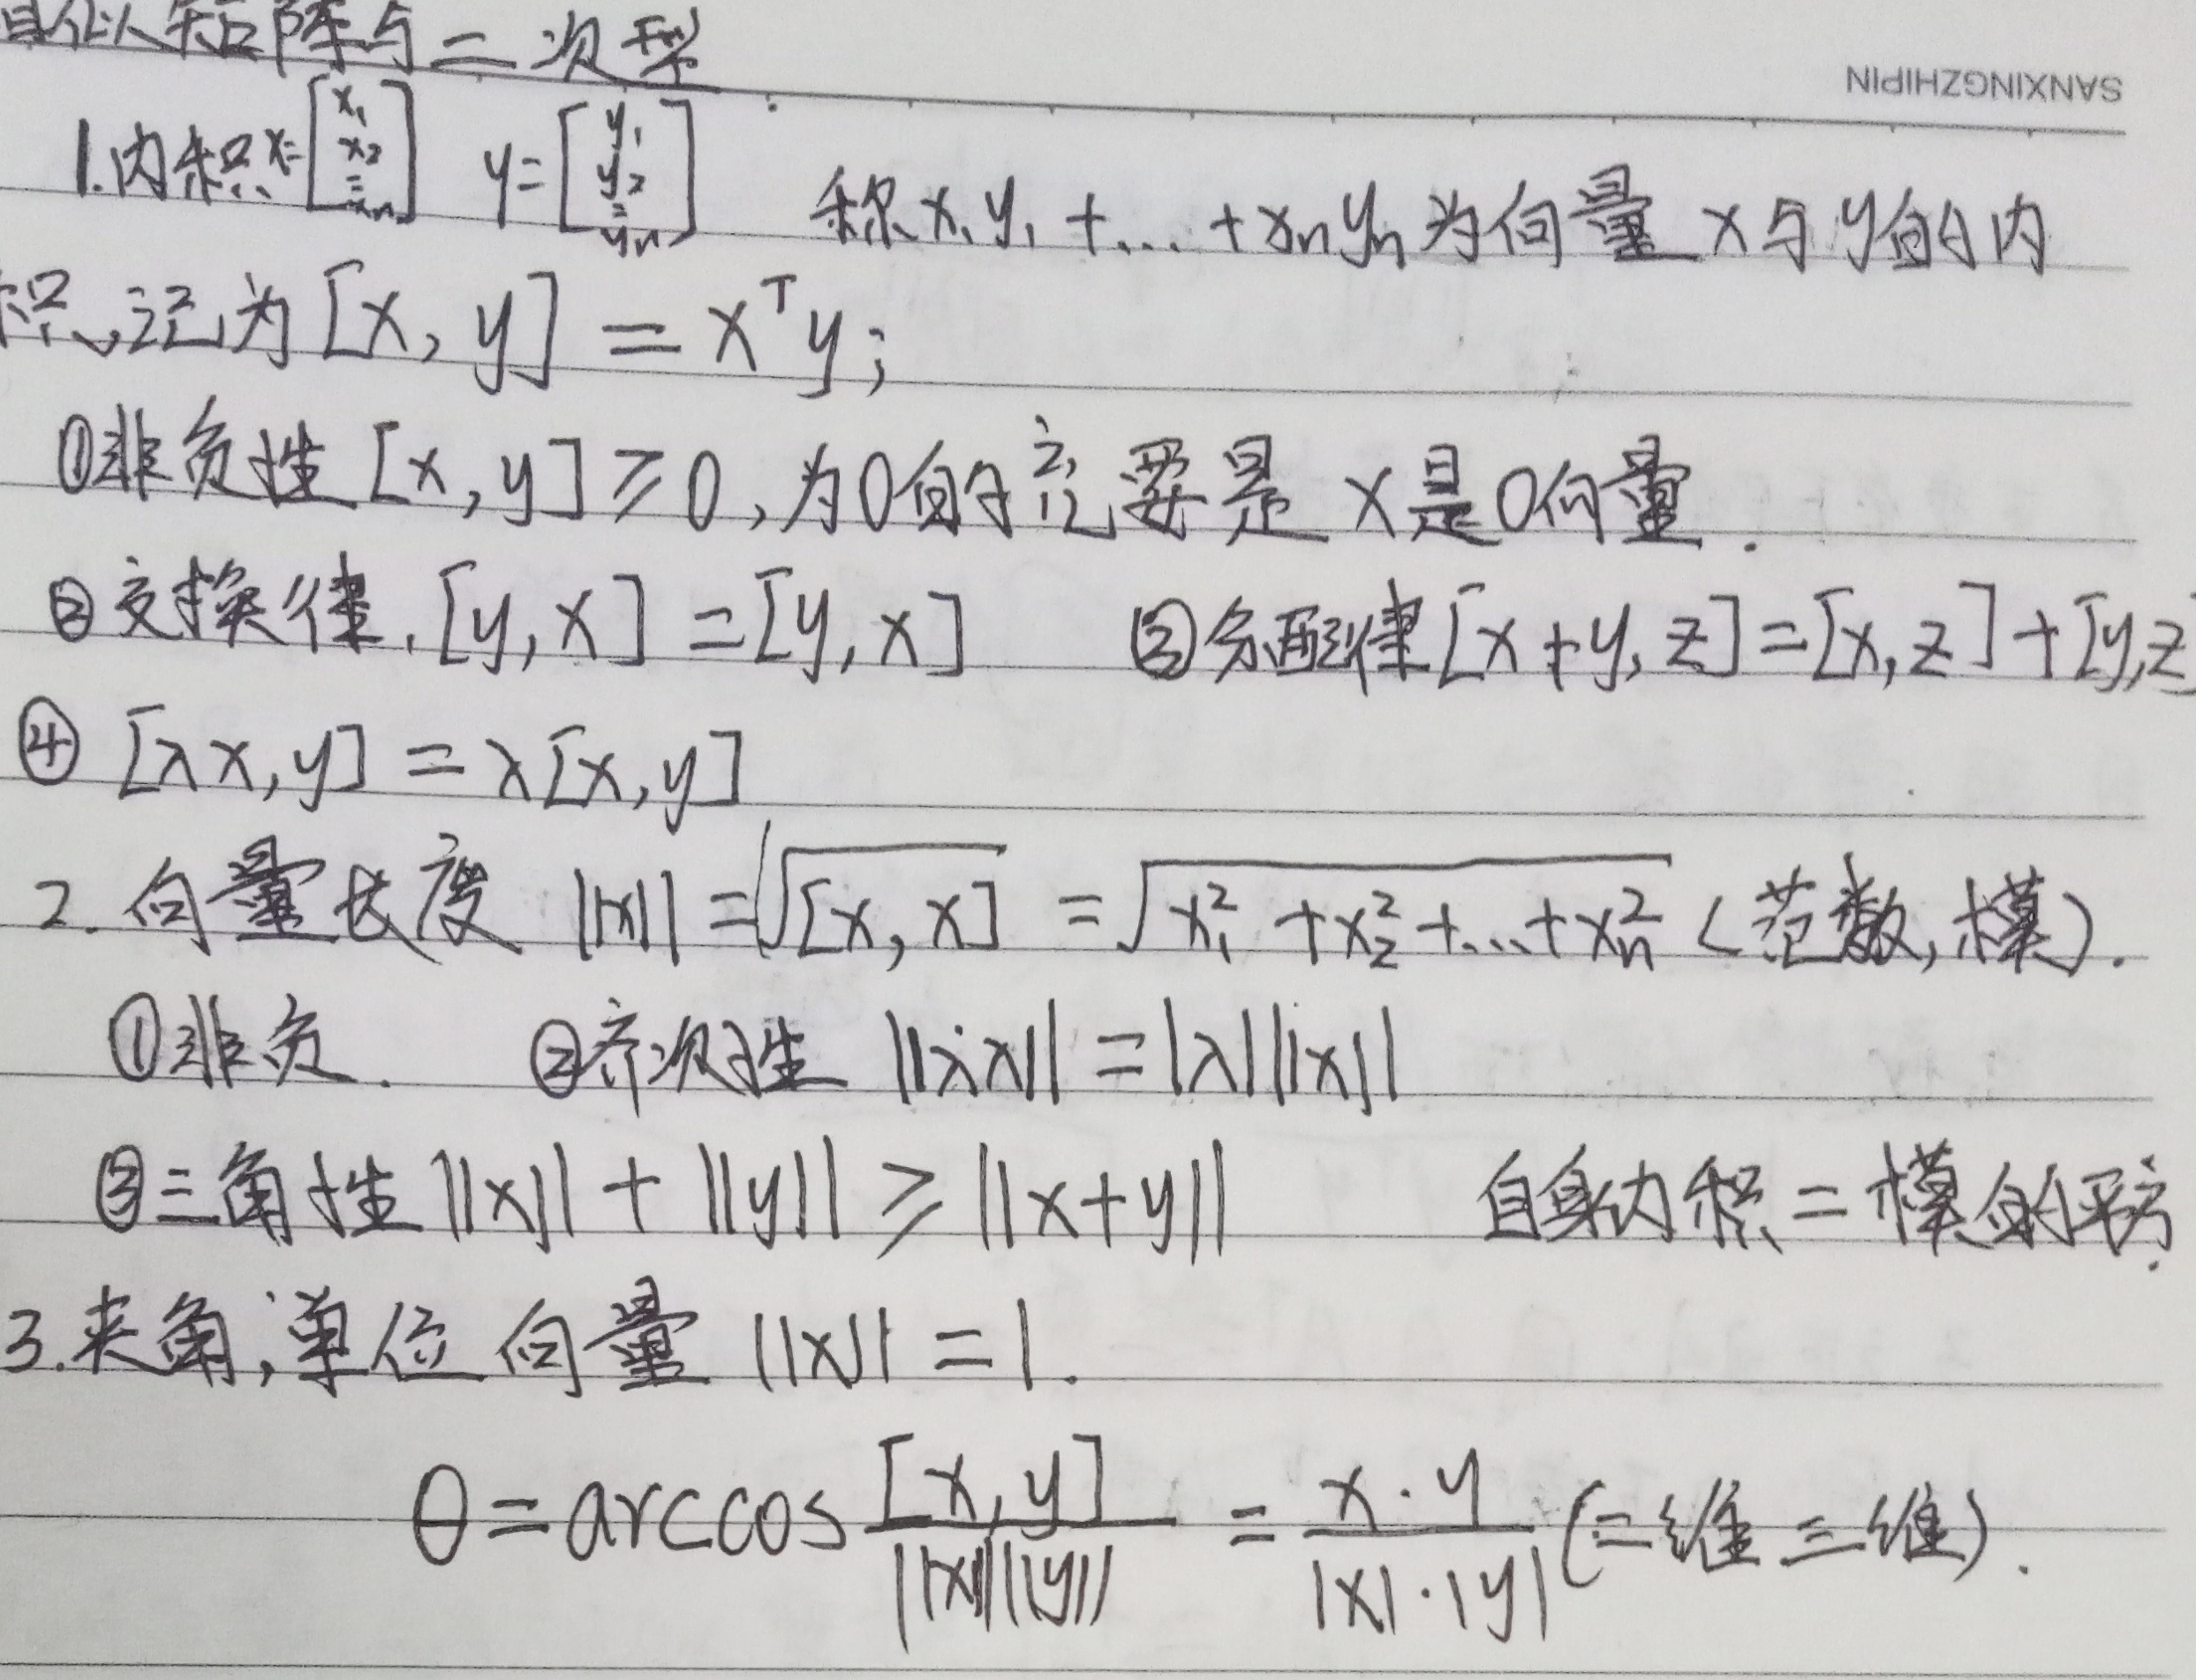
### 相似矩阵与二次型
#### 1. 内积
设\(x = \begin{bmatrix}x_1 \\x_2 \\\vdots \\x_n\end{bmatrix}\)，\(y = \begin{bmatrix}y_1 \\y_2 \\\vdots \\y_n\end{bmatrix}\)，称\(x_1y_1 + \cdots + x_ny_n\)为向量\(x\)与\(y\)的内积，记为\([x, y]=x^{\mathrm{T}}y\)。
\begin{enumerate}
    \item[\textcircled{1}] 非负性：\([x, y]\geq0\)，为\(0\)的充要条件是\(x\)是\(0\)向量。
    \item[\textcircled{2}] 交换律：\([y, x]=[x, y]\)。
    \item[\textcircled{3}] 分配律：\([x + y, z]=[x, z]+[y, z]\)。
    \item[\textcircled{4}] \([\lambda x, y]=\lambda[x, y]\)。
\end{enumerate}

#### 2. 向量长度
\(\|x\|=\sqrt{[x, x]}=\sqrt{x_1^{2}+x_2^{2}+\cdots +x_n^{2}}\)（范数，模）。
\begin{enumerate}
    \item[\textcircled{1}] 非负。
    \item[\textcircled{2}] 齐次性：\(\|\lambda x\| = |\lambda|\|x\|\)。
    \item[\textcircled{3}] 三角性：\(\|x\|+\|y\|\geq\|x + y\|\)，自身内积 = 模的平方。
\end{enumerate}

#### 3. 夹角，单位向量
\(\|x\| = 1\)。\(\theta=\arccos\frac{[x, y]}{\|x\|\|y\|}=\frac{x\cdot y}{|x|\cdot|y|}\)（二维三维）。